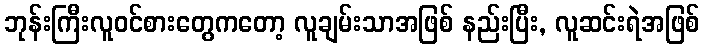
ဘုန်းကြီးလူဝင်စားတွေကတော့ လူချမ်းသာအဖြစ် နည်းပြီး, လူဆင်းရဲအဖြစ်